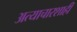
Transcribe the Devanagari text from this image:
अत्याचारशाही